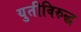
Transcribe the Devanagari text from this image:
युतीविरुद्ध